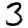
Digit: 3